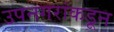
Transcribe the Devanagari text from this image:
उपनगरांकडून